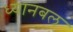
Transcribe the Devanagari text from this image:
ध्यानबल